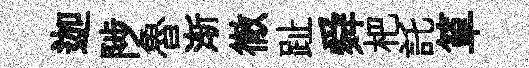
迦陟魯渐徹趾舜杷託箪